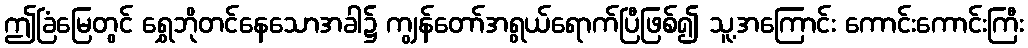
ဤခြံမြေတွင် ရွှေဘိုတင်နေသောအခါ၌ ကျွန်တော်အရွယ်ရောက်ပြီဖြစ်၍ သူ့အကြောင်း ကောင်းကောင်းကြီး